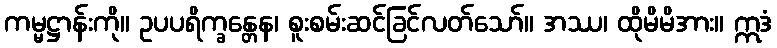
ကမ္မဋ္ဌာန်းကို။ ဥပပရိက္ခန္တေန၊ စူးစမ်းဆင်ခြင်လတ်သော်။ အဿ၊ ထိုမိမိအား။ ဣဒံ